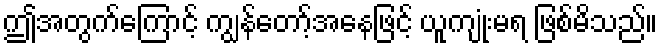
ဤအတွက်ကြောင့် ကျွန်တော့်အနေဖြင့် ယူကျုံးမရ ဖြစ်မိသည်။